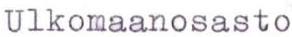
Ulkomaanosasto